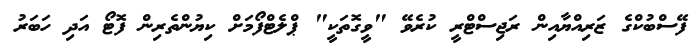
ފޭސްބުކްގެ ޒަރިއްޔާއިން ރަޖިސްޓްރީ ކުރެވޭ "ވީގޮތަކީ" ޕްލެޓްފޯމަށް ކިޔުންތެރިން ފޮޓޯ އަދި ހަބަރު